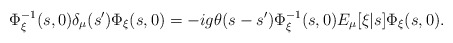
\begin{align*}\Phi_\xi^{-1}(s,0) \delta_\mu(s') \Phi_\xi(s,0) = -ig \theta(s-s') \Phi_\xi^{-1}(s,0) E_\mu[\xi|s] \Phi_\xi(s,0).\end{align*}